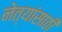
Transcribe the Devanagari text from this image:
नेत्यांसाठी